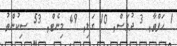
1 ހަފްތާ